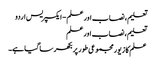
تعلیم، نصاب اور علم - ایکسپریس اردو
تعلیم، نصاب اور علم
علم کا زیور مجموعی طور پر بکھرسا گیا ہے۔